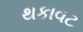
થકાવટ